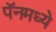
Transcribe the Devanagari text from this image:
पॅनमध्ये